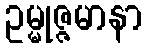
ဥမ္မုဇ္ဇမာနာ